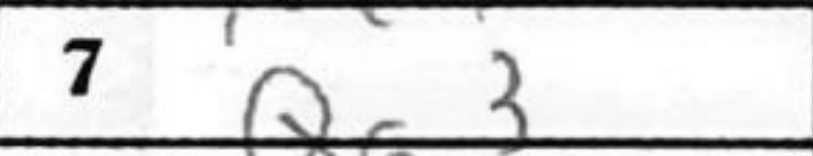
Transcription: Qg3